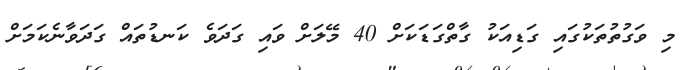
މި ވަގުތުތަކުގައި ގަޑިއަކު ގާތްގަޑަކަށް 40 މޭލަށް ވައި ގަދަވެ ކަނޑުތައް ގަދަވާނެކަމަށް